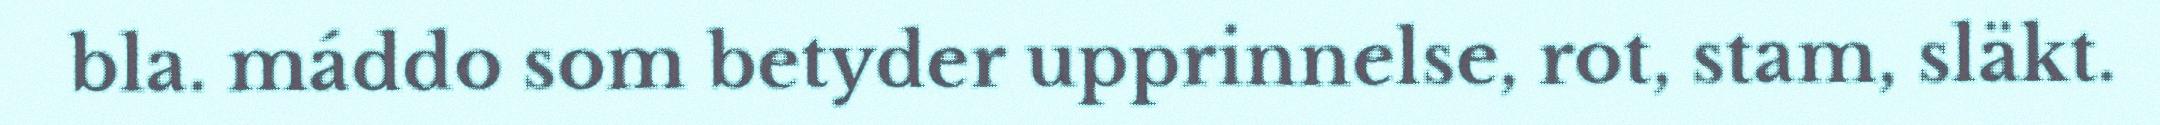
bla. máddo som betyder upprinnelse, rot, stam, släkt.